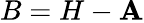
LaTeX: B=H-\mathbf{A}